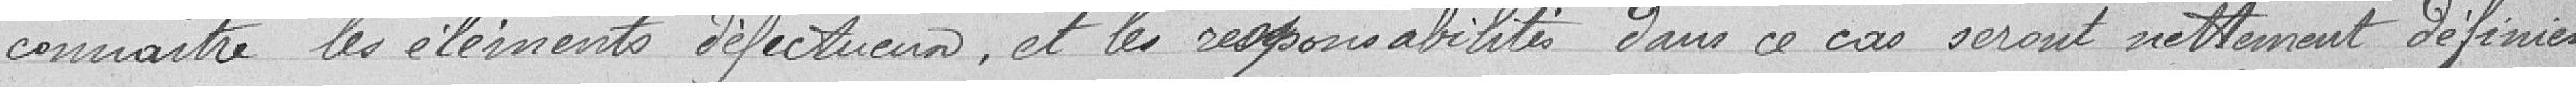
connaître les éléments défectueux, et les responsabilités dans ce cas seront nettement définies